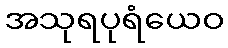
အသုရပုရံယေဝ